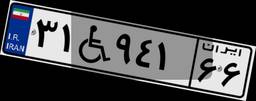
۶۶W۷۱۴۹۲